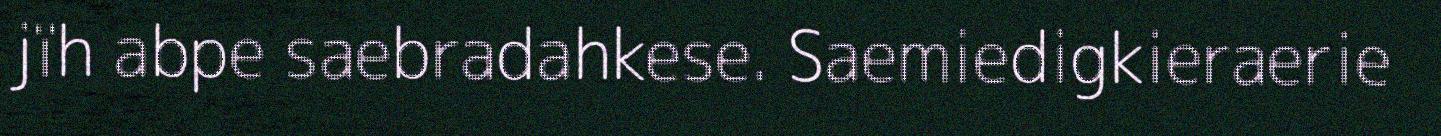
jïh abpe saebradahkese. Saemiedigkieraerie